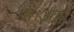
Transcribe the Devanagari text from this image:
है।आप